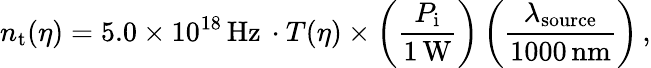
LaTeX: n_{\mathrm{t}}(\eta)=5.0\times 10^{18}\, \mathrm{Hz}\, \cdot T(\eta)\times\left(\frac{P_{\mathrm{i}}}{1\, \mathrm{W}}\right)\left(\frac{\lambda_{\mathrm{source}}}{1000\, \mathrm{nm}}\right)\, ,